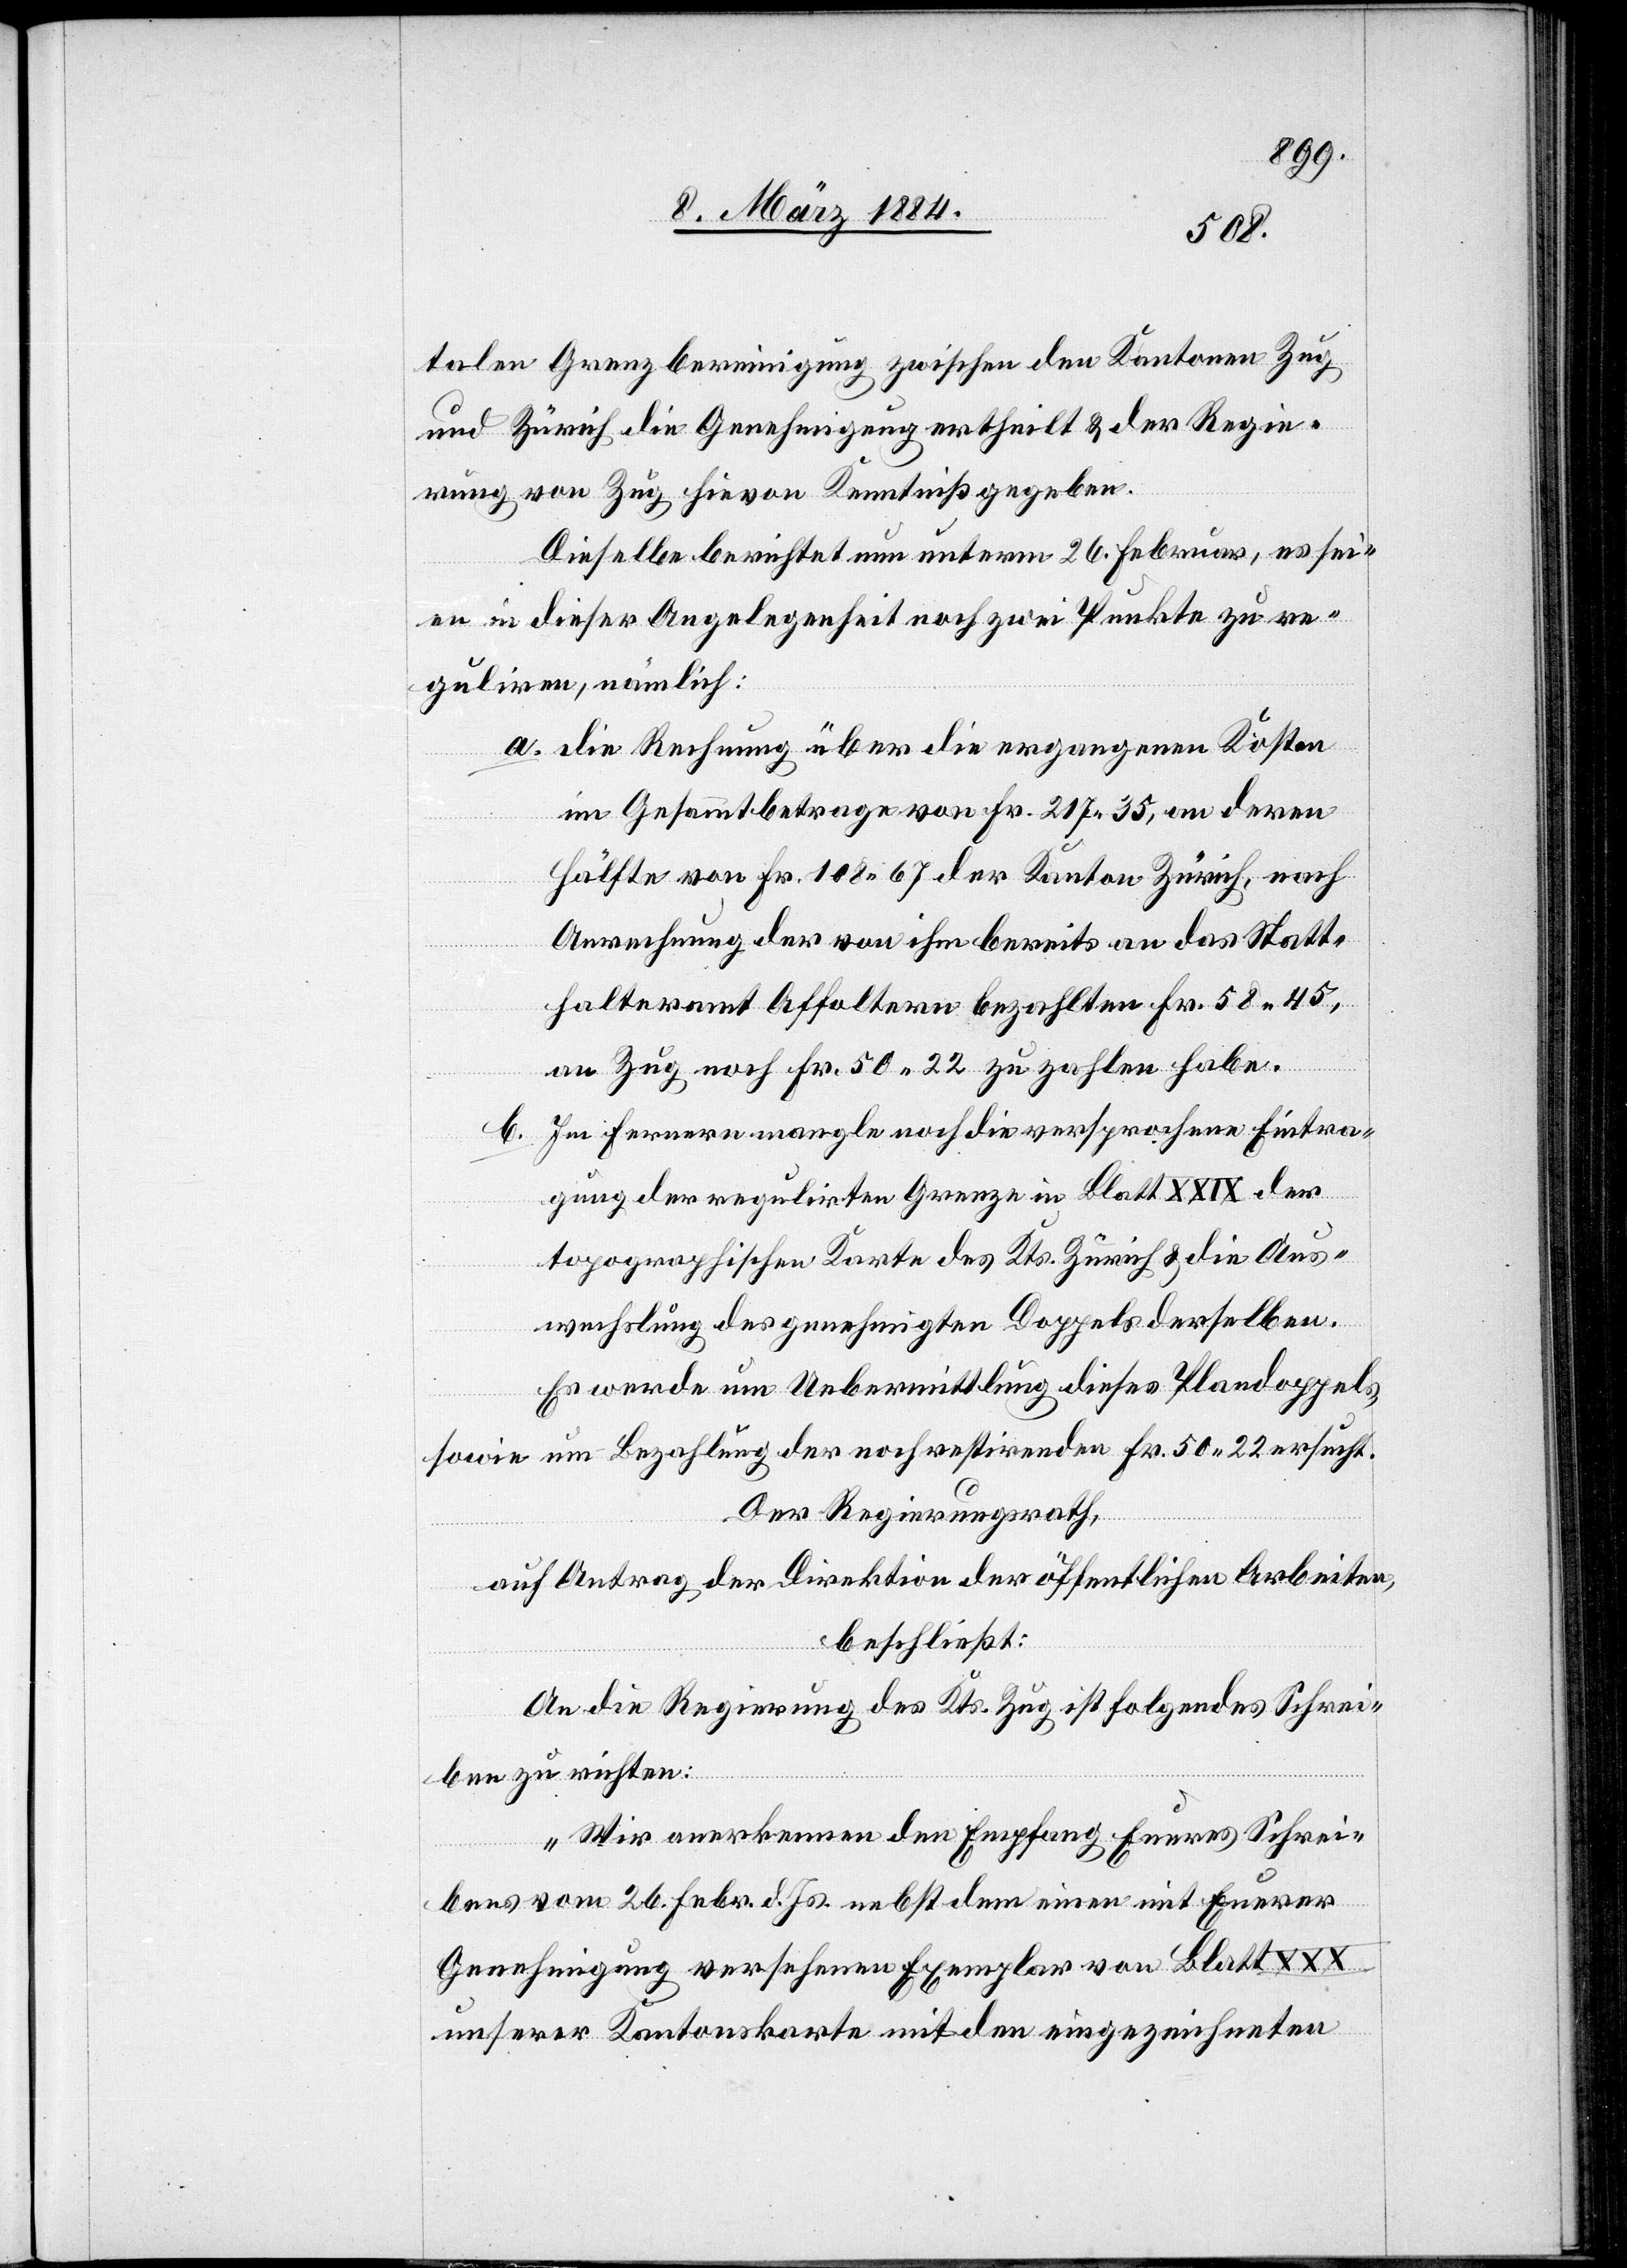
talen Grenzbereinigung zwischen den Kantonen Zug
und Zürich die Genehmigung ertheilt & der Regie¬
rung von Zug hievon Kenntniß gegeben.
Dieselbe berichtet nun unterm 26. Februar, es sei¬
en in dieser Angelegenheit noch zwei Punkte zu re¬
guliren, nämlich:
a. die Rechnung über die ergangenen Kosten
im Gesammtbetrage von Fr. 217 35, an deren
Hälfte von Fr. 108 67 der Kanton Zürich, nach
Anrechnung der von ihm bereits an das Statt¬
halteramt Affoltern bezahlten Fr. 58 45,
an Zug, noch Fr. 50 22 zu zahlen habe.
b. Im Fernern mangle noch die versprochene Eintra¬
gung der regulirten Grenzen an Blatt XXIX der
topographischen Karte des Kts. Zürich & die Aus¬
wechslung des genehmigten Doppels derselben.
Es wurde um Uebermittlung dieses Plandoppels,
sowie um Bezahlung der noch restirenden Fr. 50 22 ersucht.
Der Regierungsrath,
auf Antrag der Direktion der öffentlichen Arbeiten,
beschließt:
An die Regierung des Kts. Zug ist folgendes Schrei¬
ben zu richten:
„Wir anerkennen den Empfang Eueres Schrei¬
bens vom 26. Febr. d. Js. nebst dem einen mit Euerer
Genehmigung versehenen Exemplar von Blatt XXX
unserer Kantonskarte mit den eingezeichneten